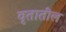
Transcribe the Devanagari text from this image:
वृतातील